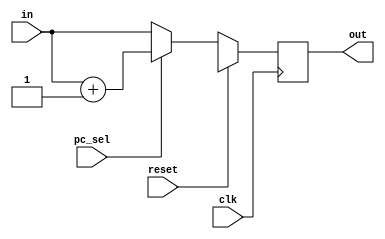
module PC(in,clk,out,pc_sel,reset);
	input [15:0]in;
	input clk,reset,pc_sel;
	output reg[15:0]out;
	initial
		begin
			out = 0;
		end
	always @(posedge clk)begin
		if(reset==1)
			out <= 16'bx;
		else if(pc_sel==1)
			out <= in+16'b0000_0000_0000_0001;
		else if(pc_sel==0)
			out <= in;
	$display("PC = %d",out);
	end
endmodule